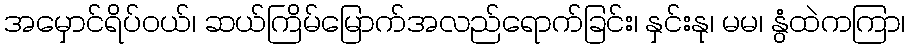
အမှောင်ရိပ်ဝယ်၊ ဆယ်ကြိမ်မြောက်အလည်ရောက်ခြင်း၊ နှင်းနု၊ မမ၊ နွံထဲကကြာ၊